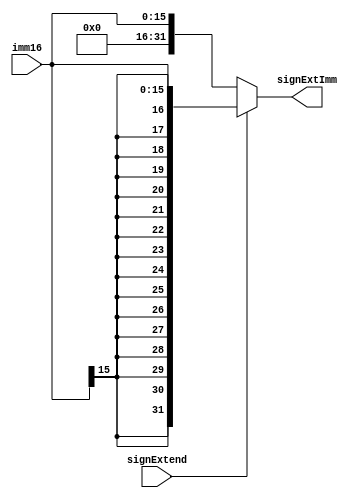
`timescale 1ns / 1ps
module SignExtender(signExtImm, signExtend, imm16);
output [31:0] signExtImm;
input [15:0] imm16;
input signExtend;
assign signExtImm = signExtend? ({{16{imm16[15]}}, imm16[15:0]}):
{16'b0,imm16[15:0]};
endmodule